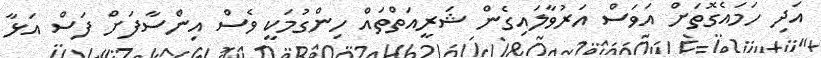
އަދި ހަމައެގޮތަށް އަވަސް އަރުވާލައިގެން ޝަރީއަތްތައް ހިންގުމަކީ ވެސް އިންސާފަށް ފަސް އަޅާ